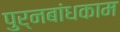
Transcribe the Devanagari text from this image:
पुर्नबांधकाम